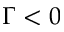
\Gamma < 0